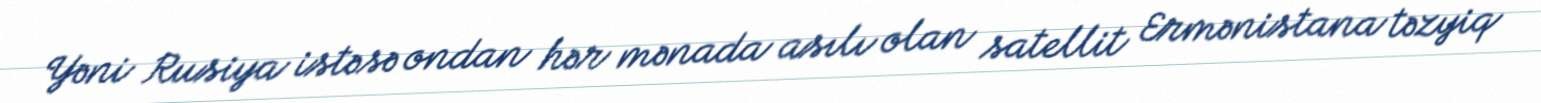
Yəni Rusiya istəsə ondan hər mənada asılı olan satellit Ermənistana təzyiq